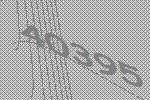
40395